Rangoon Lunatic Asylum 1878-1892 - 1878-1892
Year: 1878
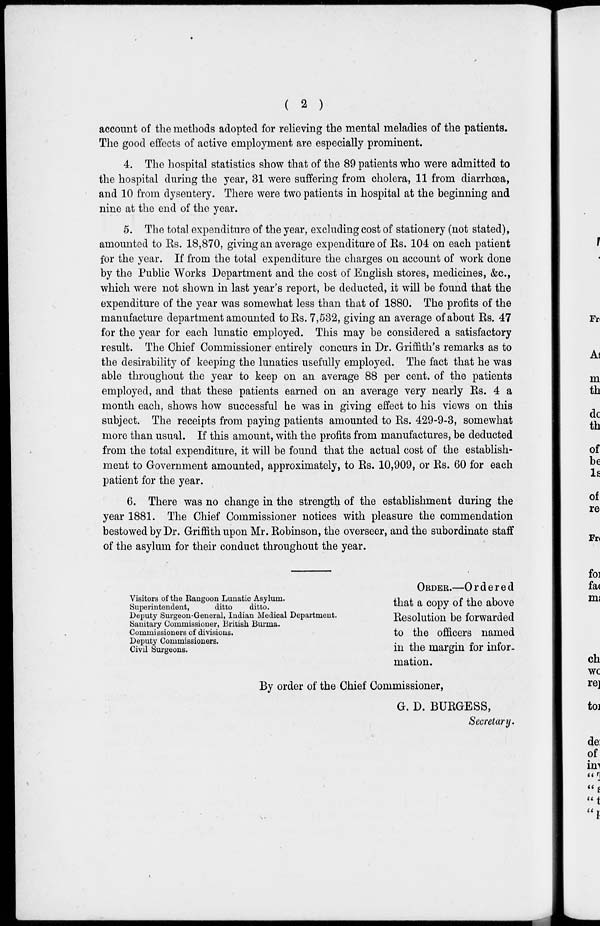
( 2 )
account of the methods adopted for relieving the mental meladies of the patients.
The good effects of active employment are especially prominent.
4. The hospital statistics show that of the 89 patients who were admitted to
the hospital during the year, 31 were suffering from cholera, 11 from diarrhœa,
and 10 from dysentery. There were two patients in hospital at the beginning and
nine at the end of the year.
5. The total expenditure of the year, excluding cost of stationery (not stated),
amounted to Rs. 18,870, giving an average expenditure of Rs. 104 on each patient
for the year. If from the total expenditure the charges on account of work done
by the Public Works Department and the cost of English stores, medicines, &c.,
which were not shown in last year's report, be deducted, it will be found that the
expenditure of the year was somewhat less than that of 1880. The profits of the
manufacture department amounted to Rs. 7,532, giving an average of about Rs. 47
for the year for each lunatic employed. This may be considered a satisfactory
result. The Chief Commissioner entirely concurs in Dr. Griffith's remarks as to
the desirability of keeping the lunatics usefully employed. The fact that he was
able throughout the year to keep on an average 88 per cent. of the patients
employed, and that these patients earned on an average very nearly Rs. 4 a
month each, shows how successful he was in giving effect to his views on this
subject. The receipts from paying patients amounted to Rs. 429-9-3, somewhat
more than usual. If this amount, with the profits from manufactures, be deducted
from the total expenditure, it will be found that the actual cost of the establish-
ment to Government amounted, approximately, to Rs. 10,909, or Rs. 60 for each
patient for the year.
6. There was no change in the strength of the establishment during the
year 1881. The Chief Commissioner notices with pleasure the commendation
bestowed by Dr. Griffith upon Mr. Robinson, the overseer, and the subordinate staff
of the asylum for their conduct throughout the year.
Visitors of the Rangoon Lunatic Asylum.
Superintendent,
ditto
ditto.
Deputy Surgeon-General, Indian Medical Department.
Sanitary Commissioner, British Burma.
Commissioners of divisions.
Deputy Commissioners.
Civil Surgeons.
ORDER.—Ordered
that a copy of the above
Resolution be forwarded
to the officers named
in the margin for infor-
mation.
By order of the Chief Commissioner,
G. D. BURGESS,
Secretary.